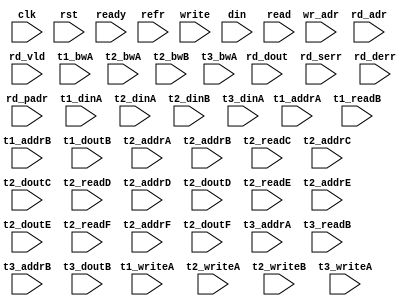
/*
 * Copyright (C) 2011 Memoir Systems Inc. These coded instructions, statements, and computer programs are
 * Confidential Proprietary Information of Memoir Systems Inc. and may not be disclosed to third parties
 * or copied in any form, in whole or in part, without the prior written consent of Memoir Systems Inc.
 * 
 * */

module algo_1r3w_a661_sva_wrap
#(parameter IP_WIDTH = 64, parameter IP_BITWIDTH = 6, parameter IP_NUMADDR = 8192, parameter IP_BITADDR = 13, parameter IP_NUMVBNK = 32, parameter IP_BITVBNK = 5,
parameter IP_SECCBITS = 5, parameter IP_SECCDWIDTH = 6, parameter IP_DECCBITS= 0, parameter IP_ENAECC=0, parameter IP_ENAPAR=0,
parameter FLOPIN = 0, parameter FLOPOUT = 0, parameter FLOPMEM = 0, parameter FLOPCMD=0,
parameter IP_REFRESH = 1, parameter IP_REFFREQ = 42, parameter IP_REFFRHF = 0, parameter IP_BITPBNK = 6, parameter IP_REFLOPW = 0,

parameter T1_WIDTH = 64, parameter T1_NUMVBNK = 32, parameter T1_BITVBNK = 5, parameter T1_DELAY = 2, parameter T1_NUMVROW = 256, parameter T1_BITVROW = 8,
parameter T1_NUMWRDS = 1, parameter T1_BITWRDS = 1, parameter T1_NUMSROW = 256, parameter T1_BITSROW = 8, parameter T1_PHYWDTH = 64, parameter T1_BITWSPF = 0,
parameter T1_NUMRBNK = 1, parameter T1_BITRBNK = 1, parameter T1_NUMRROW = 128, parameter T1_BITRROW = 7, parameter T1_NUMPROW = 1024, parameter T1_BITPROW = 10,

parameter T3_WIDTH = 64, parameter T3_NUMVBNK = 4, parameter T3_BITVBNK = 2, parameter T3_DELAY = 1, parameter T3_NUMVROW = 256, parameter T3_BITVROW = 8,
parameter T3_NUMWRDS = 1, parameter T3_BITWRDS = 1, parameter T3_NUMSROW = 256, parameter T3_BITSROW = 8, parameter T3_PHYWDTH = 64, parameter T3_BITWSPF=0,

parameter T2_WIDTH = 17, parameter T2_NUMVBNK = 4, parameter T2_BITVBNK = 2, parameter T2_DELAY = 1, parameter T2_NUMVROW = 256, parameter T2_BITVROW = 8,
parameter T2_NUMWRDS = 1, parameter T2_BITWRDS = 1, parameter T2_NUMSROW = 256, parameter T2_BITSROW = 8, parameter T2_PHYWDTH = 17, parameter T2_BITWSPF=0)
( clk,  rst,  ready,  refr,
  write,   wr_adr,   din,
 read,   rd_adr,   rd_dout,  rd_vld,  rd_serr,  rd_derr,   rd_padr,
  t1_writeA,  t1_addrA,   t1_dinA,   t1_bwA,   
  t1_readB,   t1_addrB,   t1_doutB,
  t2_writeA,   t2_addrA,   t2_dinA,   t2_bwA,
  t2_writeB,   t2_addrB,   t2_dinB,   t2_bwB,
  t2_readC,   t2_addrC,   t2_doutC,
  t2_readD,   t2_addrD,   t2_doutD,
  t2_readE,   t2_addrE,   t2_doutE,
  t2_readF,   t2_addrF,   t2_doutF,
  t3_writeA,   t3_addrA,   t3_dinA,   t3_bwA,
  t3_readB,   t3_addrB,   t3_doutB);
  
  parameter NUMRDPT = 1;
  parameter NUMRWPT = 0;
  parameter NUMWRPT = 3;
  parameter NUMCASH = NUMRDPT+NUMRWPT+NUMWRPT-1;
  
  parameter WIDTH = IP_WIDTH;
  parameter BITWDTH = IP_BITWIDTH;
  parameter PARITY = IP_ENAPAR;
  parameter MEMWDTH = WIDTH+PARITY;
  parameter NUMADDR = IP_NUMADDR;
  parameter BITADDR = IP_BITADDR;
  parameter NUMVROW = T1_NUMVROW;  // ALGO1 Parameters
  parameter BITVROW = T1_BITVROW;
  parameter NUMVBNK = IP_NUMVBNK;
  parameter BITVBNK = IP_BITVBNK;
  parameter BITPBNK = IP_BITPBNK;
  parameter NUMWRDS = T1_NUMWRDS;     // ALIGN Parameters
  parameter BITWRDS = T1_BITWRDS;
  parameter NUMSROW = T1_NUMSROW;
  parameter BITSROW = T1_BITSROW;
  parameter PHYWDTH = T1_PHYWDTH;
  parameter BITPROW = T1_BITPROW;
  parameter REFRESH = IP_REFRESH;      // REFRESH Parameters 
  parameter NUMRBNK = T1_NUMRBNK;
  parameter BITRBNK = T1_BITRBNK;
  parameter REFLOPW = IP_REFLOPW;
  parameter NUMRROW = T1_NUMRROW;
  parameter BITRROW = T1_BITRROW;
  parameter REFFREQ = IP_REFFREQ;
  parameter REFFRHF = IP_REFFRHF;
  
  parameter BITDWSN = 0;        //DWSN Parameters
  parameter NUMDWS0 = 0;
  parameter NUMDWS1 = 0;
  parameter NUMDWS2 = 0;
  parameter NUMDWS3 = 0;
  parameter NUMDWS4 = 0;
  parameter NUMDWS5 = 0;
  parameter NUMDWS6 = 0;
  parameter NUMDWS7 = 0;
  parameter NUMDWS8 = 0;
  parameter NUMDWS9 = 0;
  parameter NUMDWS10 = 0;
  parameter NUMDWS11 = 0;
  parameter NUMDWS12 = 0;
  parameter NUMDWS13 = 0;
  parameter NUMDWS14 = 0;
  parameter NUMDWS15 = 0;
  
  parameter ECCBITS = IP_SECCBITS;
  parameter SRAM_DELAY = T2_DELAY;
  parameter DRAM_DELAY = T1_DELAY;

  parameter BITPADR = BITPBNK+BITSROW+BITWRDS+1;

  parameter SDOUT_WIDTH = BITVBNK+1;

  input                                            refr;

  input  [NUMWRPT - 1:0]            write; 
  input  [NUMWRPT* BITADDR - 1:0]     wr_adr; 
  input  [NUMWRPT* WIDTH - 1:0]        din;

  input  [NUMRDPT - 1:0]             read; 
  input  [NUMRDPT* BITADDR - 1:0]     rd_adr; 
  input [NUMRDPT* WIDTH - 1:0]     rd_dout; 
  input [NUMRDPT - 1:0]             rd_vld; 
  input [NUMRDPT - 1:0]             rd_serr; 
  input [NUMRDPT - 1:0]             rd_derr; 
  input [NUMRDPT* BITPADR - 1:0]     rd_padr;

  input                         ready;
  input                          clk, rst;

  input [NUMVBNK-1:0] t1_writeA;
  input [NUMVBNK*BITSROW-1:0] t1_addrA;
  input [NUMVBNK*PHYWDTH-1:0] t1_bwA;
  input [NUMVBNK*PHYWDTH-1:0] t1_dinA;
  input [NUMVBNK-1:0] t1_readB;
  input [NUMVBNK*BITSROW-1:0] t1_addrB;
  input  [NUMVBNK*PHYWDTH-1:0] t1_doutB;
  
  parameter SHORTWR = 2;
  parameter EXTRARD = 0;

  input [NUMCASH-1:0] t2_writeA;
  input [NUMCASH*BITVROW-1:0] t2_addrA;
  input [NUMCASH*SDOUT_WIDTH-1:0] t2_dinA;
  input [NUMCASH*SDOUT_WIDTH-1:0] t2_bwA;
  input [NUMCASH-1:0] t2_writeB;
  input [NUMCASH*BITVROW-1:0] t2_addrB;
  input [NUMCASH*SDOUT_WIDTH-1:0] t2_dinB;
  input [NUMCASH*SDOUT_WIDTH-1:0] t2_bwB;
  
  
  input [NUMCASH-1:0] t2_readC;
  input [NUMCASH*BITVROW-1:0] t2_addrC;
  input  [NUMCASH*SDOUT_WIDTH-1:0] t2_doutC;
  input [NUMCASH-1:0] t2_readD;
  input [NUMCASH*BITVROW-1:0] t2_addrD;
  input  [NUMCASH*SDOUT_WIDTH-1:0] t2_doutD;
  input [NUMCASH-1:0] t2_readE;
  input [NUMCASH*BITVROW-1:0] t2_addrE;
  input  [NUMCASH*SDOUT_WIDTH-1:0] t2_doutE;
  input [NUMCASH-1:0] t2_readF;
  input [NUMCASH*BITVROW-1:0] t2_addrF;
  input  [NUMCASH*SDOUT_WIDTH-1:0] t2_doutF;


  input [SHORTWR*NUMCASH-1:0] t3_writeA;
  input [SHORTWR*NUMCASH*BITVROW-1:0] t3_addrA;
  input [SHORTWR*NUMCASH*WIDTH-1:0] t3_dinA;
  input [SHORTWR*NUMCASH*WIDTH-1:0] t3_bwA;
  
  input [SHORTWR*NUMCASH-1:0] t3_readB;
  input [SHORTWR*NUMCASH*BITVROW-1:0] t3_addrB;
  input  [SHORTWR*NUMCASH*WIDTH-1:0] t3_doutB;

endmodule